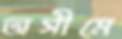
অসীমে